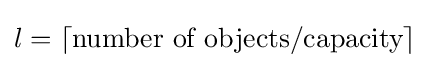
l=\lceil {\text{number of objects}}/{\text{capacity}}\rceil